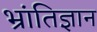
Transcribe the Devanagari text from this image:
भ्रांतिज्ञान